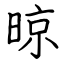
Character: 晾